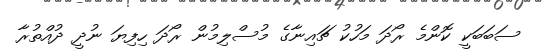
ސަބަބަކީ ކޮންމެ ރޯދަ މަހުކު ޗައިނާގެ މުސްލިމުން ރޯދަ ހިފިޔަ ނުދީ ދުއްތުރާ